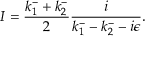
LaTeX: I = \frac { k _ { 1 } ^ { - } + k _ { 2 } ^ { - } } { 2 } \frac { i } { k _ { 1 } ^ { - } - k _ { 2 } ^ { - } - i \epsilon } .